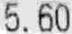
5.60